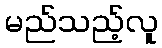
မည်သည့်လူ